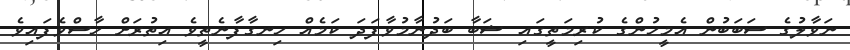
ނަވާލުގެ ސަބަބުން އެމީހުންގެ ކުރިމަތީގައި ޝަބާ ބަދުނާމުވާފަދަ ކަމެއް ހިނގާފާނެތީވެ އިތުރަށް ހާސްވެފައިވެ